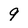
Character: 9